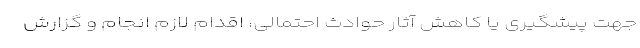
جهت پیشگیری یا کاهش آثار حوادث احتمالی، اقدام لازم انجام و گزارش